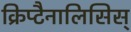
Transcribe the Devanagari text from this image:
क्रिप्टैनालिसिस्